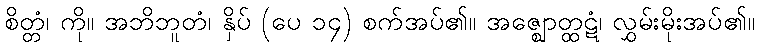
စိတ္တံ၊ ကို။ အဘိဘူတံ၊ နှိပ် (ပေ ၁၄) စက်အပ်၏။ အဇ္ဈောတ္ထဋံ၊ လွှမ်းမိုးအပ်၏။